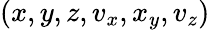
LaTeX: (x,y,z,v_{x},x_{y},v_{z})